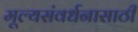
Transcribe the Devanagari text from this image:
मूल्यसंवर्धनासाठी